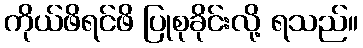
ကိုယ်ဖိရင်ဖိ ပြုစုခိုင်းလို့ ရသည်။